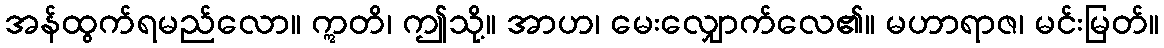
အန်ထွက်ရမည်လော။ ဣတိ၊ ဤသို့။ အာဟ၊ မေးလျှောက်လေ၏။ မဟာရာဇ၊ မင်းမြတ်။